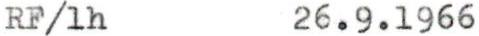
RF/1h 26.9.1966